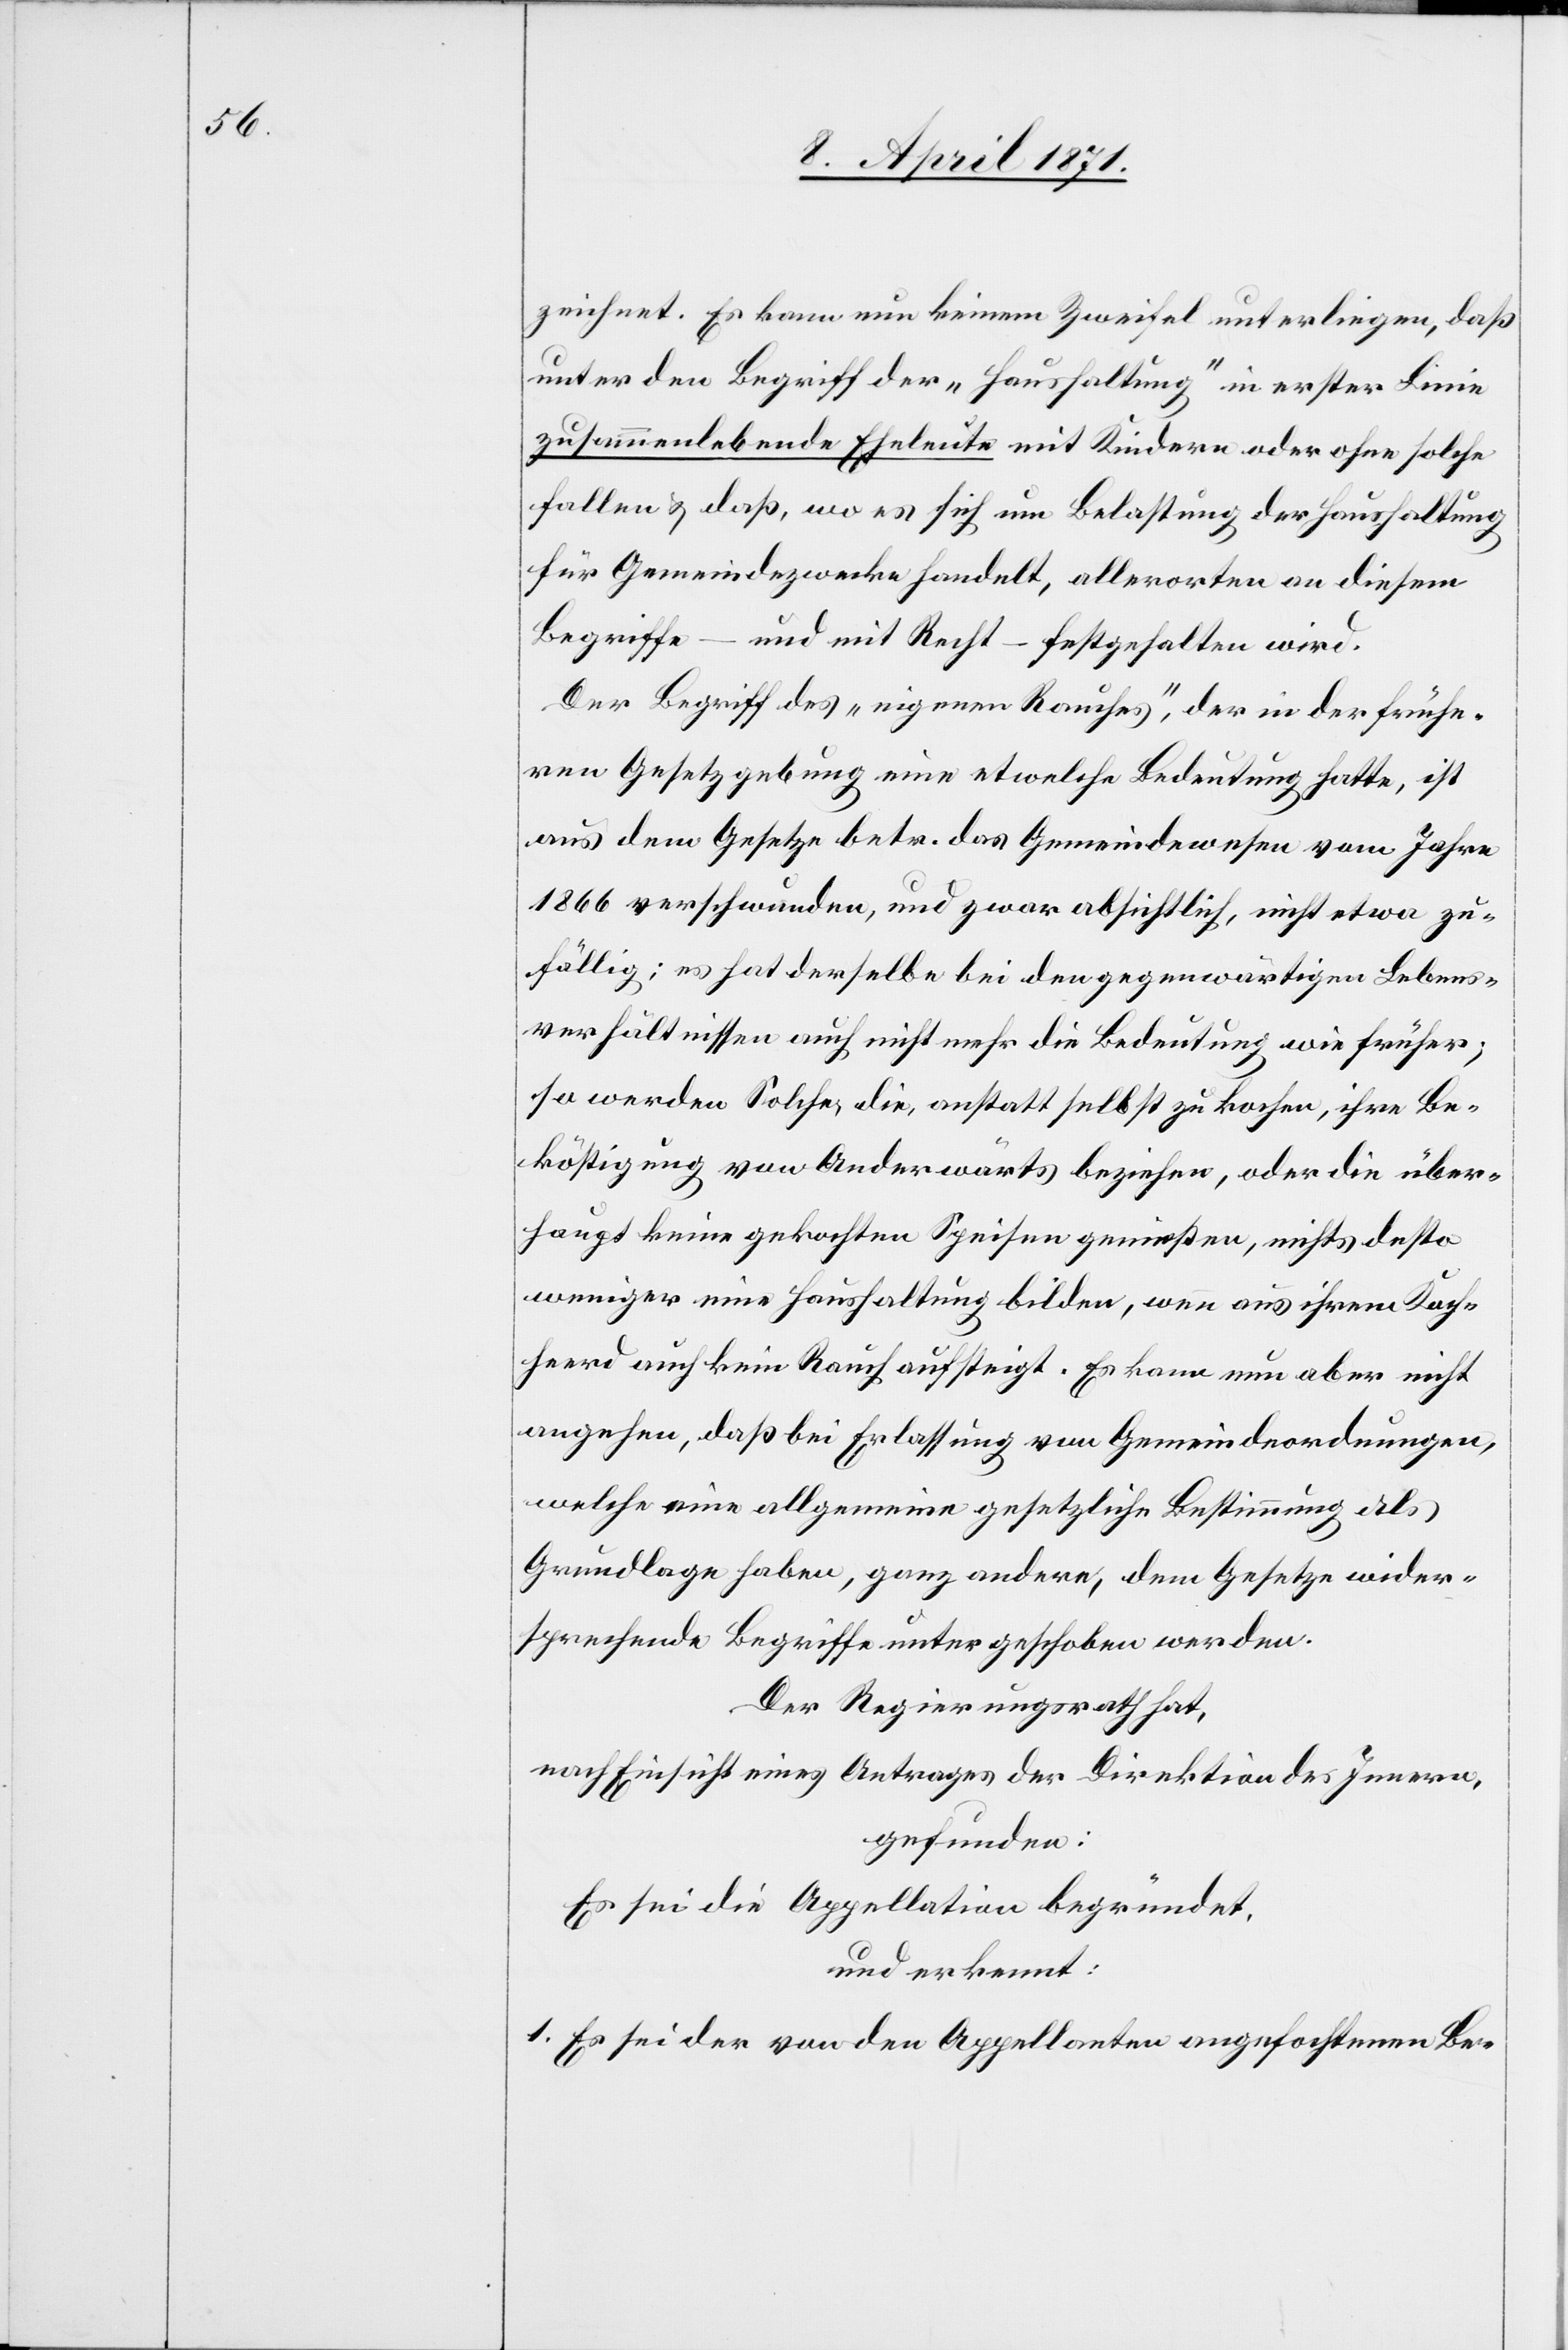
zeichnet. Es kann nun keinem Zweifel unterliegen, daß
unter den Begriff der „Haushaltung“ in erster Linie
zusammenlebende Eheleute mit Kindern oder ohne solche
fallen u. daß, wo es sich um Belastung der Haushaltung
für Gemeindezwecke handelt, allerorten an diesem
Begriffe – und mit Recht – festgehalten wird.
Der Begriff des „eigenen Rauches“, der in der frühe¬
ren Gesetzgebung eine etwelche Bedeutung hatte, ist
aus dem Gesetze betr. das Gemeindewesen vom Jahre
1866 verschwunden, und zwar absichtlich, nicht etwa zu¬
fällig; es hat derselbe bei den gegenwärtigen Lebens¬
verhältnissen auch nicht mehr die Bedeutung wie früher;
so werden Solche, die, anstatt selbst zu kochen, ihre Be¬
köstigung von Anderwärts beziehen, oder die über¬
haupt keine gekochten Speisen genießen, nichts desto
weniger eine Haushaltung bilden, wenn aus ihrem Koch¬
herd auch kein Rauch aufsteigt. Es kann nun aber nicht
angehen, daß bei Erlassung von Gemeindeordnungen,
welche eine allgemeine gesetzliche Bestimmung als
Grundlage haben, ganz andere, dem Gesetze wider¬
sprechende Begriffe untergeschoben werden.
Der Regierungsrath hat,
nach Einsicht eines Antrages der Direktion des Innern,
gefunden:
Es sei die Appellation begründet,
und erkannt:
1. Es sei der von den Appellanten angefochtenen Be-